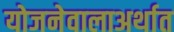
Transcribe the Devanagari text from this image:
योजनेवालाअर्थात